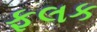
ફલક